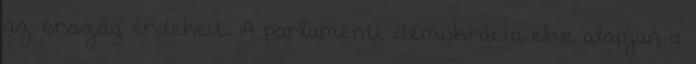
az ország érdekeit. A parlamenti demokrácia elve alapján a